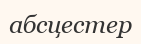
абсцестер